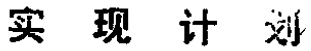
实现计划